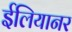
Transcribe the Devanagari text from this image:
ईलियानर